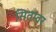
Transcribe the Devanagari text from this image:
सितम्वर